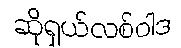
ဆိုရှယ်လစ်ဝါဒ